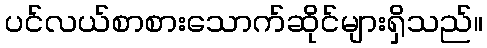
ပင်လယ်စာစားသောက်ဆိုင်များရှိသည်။